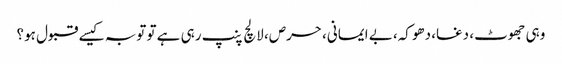
وہی جھوٹ، دغا، دھوکہ، بے ایمانی، حرص، لالچ پنپ رہی ہے تو توبہ کیسے قبول ہو؟